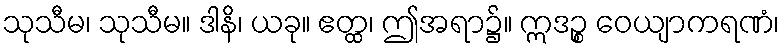
သုသီမ၊ သုသီမ။ ဒါနိ၊ ယခု။ ဧတ္ထ၊ ဤအရာ၌။ ဣဒဉ္စ ဝေယျာကရဏံ၊